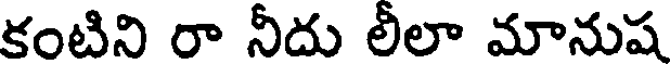
కంటిని రా నీదు లీలా మానుష